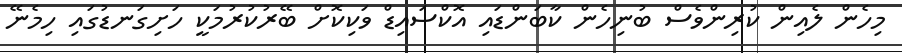
މިހެން ލެއިން ކުރިންވެސް ބުނިހެން ކާބަންޑައި އޮކްސައިޑް ވަކިކޮށް ބޭރުކުރުމަކީ ހަށިގަނޑުގައި ހިމެނޭ